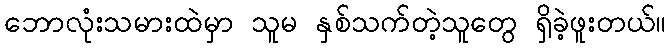
ဘောလုံးသမားထဲမှာ သူမ နှစ်သက်တဲ့သူတွေ ရှိခဲ့ဖူးတယ်။